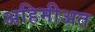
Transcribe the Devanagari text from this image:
अहिमीअत